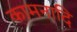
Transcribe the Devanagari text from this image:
कामनादि